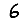
Digit: 6